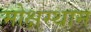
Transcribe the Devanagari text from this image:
मोक्षस्थान